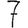
Digit: 7